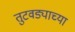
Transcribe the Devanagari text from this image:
तुटवड्याच्या